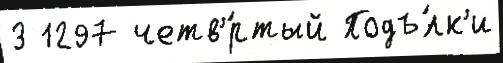
3 1297 четв'́ртый Подъ́лк'и